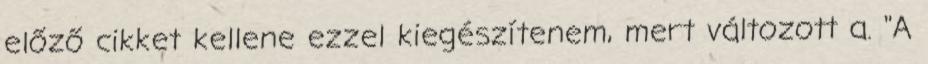
előző cikket kellene ezzel kiegészítenem, mert változott a. "A